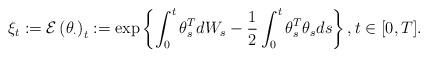
LaTeX: \begin{align*}\xi_t &:= \mathcal{E}\left( \theta_{\cdot}\right)_t:= \exp \left\{ \int_0^t \theta_s^T dW_s -\frac{1}{2} \int_0^t \theta_s^T \theta_s ds \right\}, t\in [0,T].\end{align*}